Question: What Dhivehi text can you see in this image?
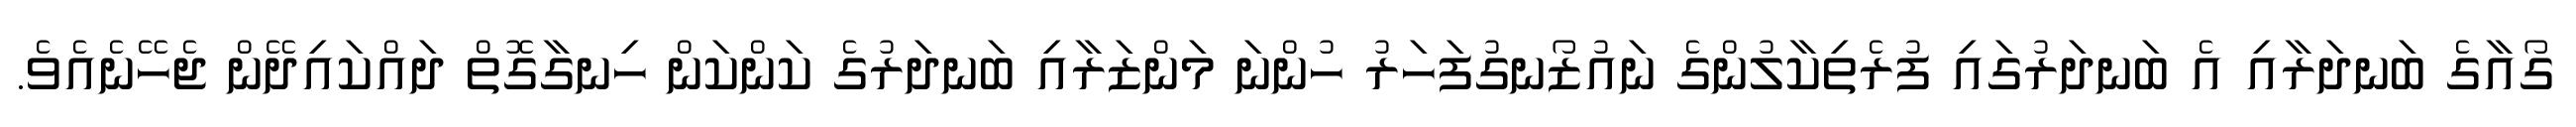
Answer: ގޯއާގެ ބަނދަރާއި އެ ބަނދަރުގައި ފުރެތިކާލުންގެ ނައުޒޯނގުފަހަރު ހުންނަ މަންޒަރާއި ބަނދަރުގެ ކަންކަން ހިނގާގޮތް ދައްކައިދޭން ޖެހޭނެއެވެ.